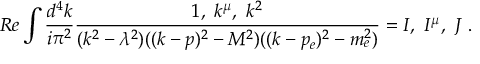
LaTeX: R e \int \frac { d ^ { 4 } k } { i \pi ^ { 2 } } \frac { 1 , \ k ^ { \mu } , \ k ^ { 2 } } { ( k ^ { 2 } - \lambda ^ { 2 } ) ( ( k - p ) ^ { 2 } - M ^ { 2 } ) ( ( k - p _ { e } ) ^ { 2 } - m _ { e } ^ { 2 } ) } = I , \ I ^ { \mu } , \ J \ .